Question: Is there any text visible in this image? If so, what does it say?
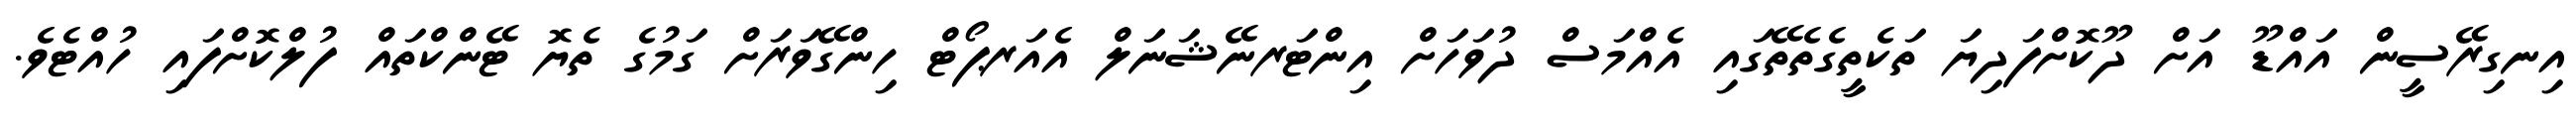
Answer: އިނގިރޭސީން އައްޑޫ އަށް ދޫކޮށްފަދިޔަ ތަކެތީގެތެތޭގައި އެއްމަސް ދުވަހަށް އިންޓަރނޭޝަނަލް އެއަރޕޯޓް ހިންގޭވަރަށް ގަމުގެ ތެޔޮ ޓޭންކްތައް ފުލްކޮށްފައި ހުއްޓެވެ.